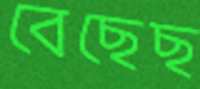
বেছেছ